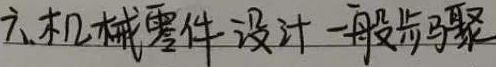
六、机械零件设计一般步骤